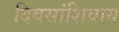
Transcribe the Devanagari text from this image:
दिवसांशिवाय